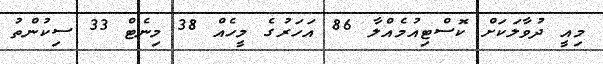
މިއީ ދުވާލަކަށް ކޮސްޓިއުމެއްލާ 86 އަހަރުގެ މީހެއް 38 މިނެޓް 33 ސިކުންތު